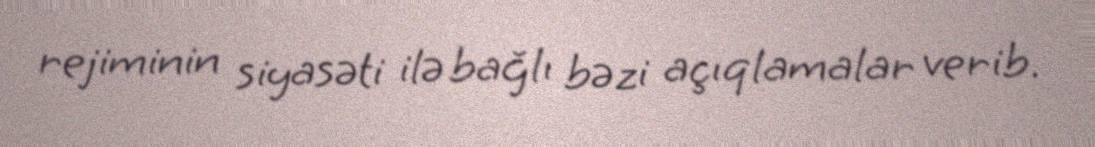
rejiminin siyasəti ilə bağlı bəzi açıqlamalar verib.